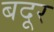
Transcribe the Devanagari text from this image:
बदूर